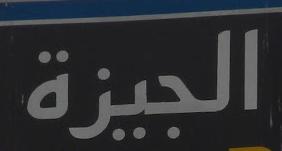
الدبيزة